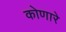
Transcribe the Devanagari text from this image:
कोणारे